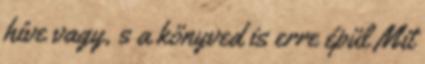
híve vagy, s a könyved is erre épül Mit